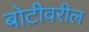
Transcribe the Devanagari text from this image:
बोटीवरील